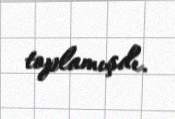
toplamışdı.